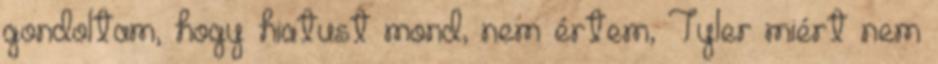
gondoltam, hogy hiatust mond, nem értem, Tyler miért nem